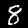
Label: 8